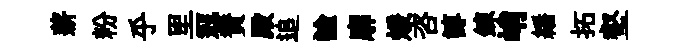
薪粉乎里冦賛殿追諭廓煖咨諄鍊峭繙拓壑